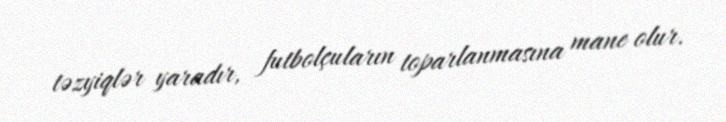
təzyiqlər yaradır, futbolçuların toparlanmasına mane olur.